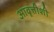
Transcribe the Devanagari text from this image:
आवृत्तीशी